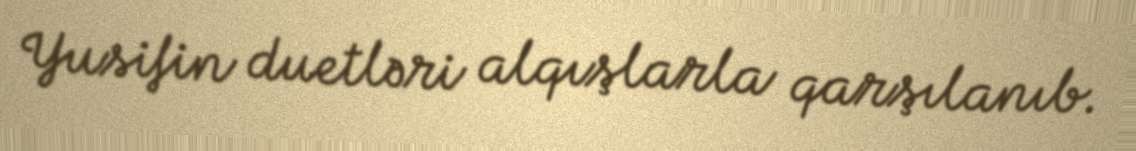
Yusifin duetləri alqışlarla qarşılanıb.